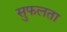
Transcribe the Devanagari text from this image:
सुफलता